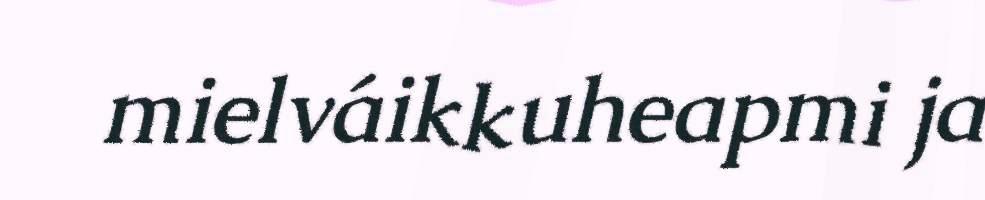
mielváikkuheapmi ja